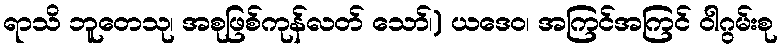
ရာသိ ဘူတေသု၊ အစုဖြစ်ကုန်လတ် သော်၊) ယဒေဝ၊ အကြင်အကြင် ဝါဂွမ်းစု